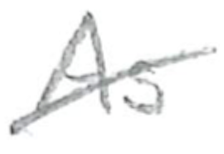
Text: As
Cross-out: diagonal
Writing tool: pencil